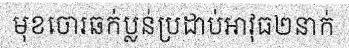
មុខចោរឆក់ប្លន់ប្រដាប់អាវុធ២នាក់